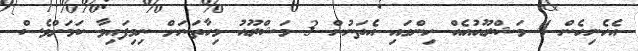
އެހެނިހެން 4 މަޝްރޫއުއެއް ހިންގައި އެތަނުން 3 މަޝްރޫއު މިހާތަނަށް ނިމިފައިވާ ކަމަށްވެސް